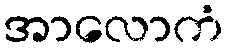
အာလောကံ